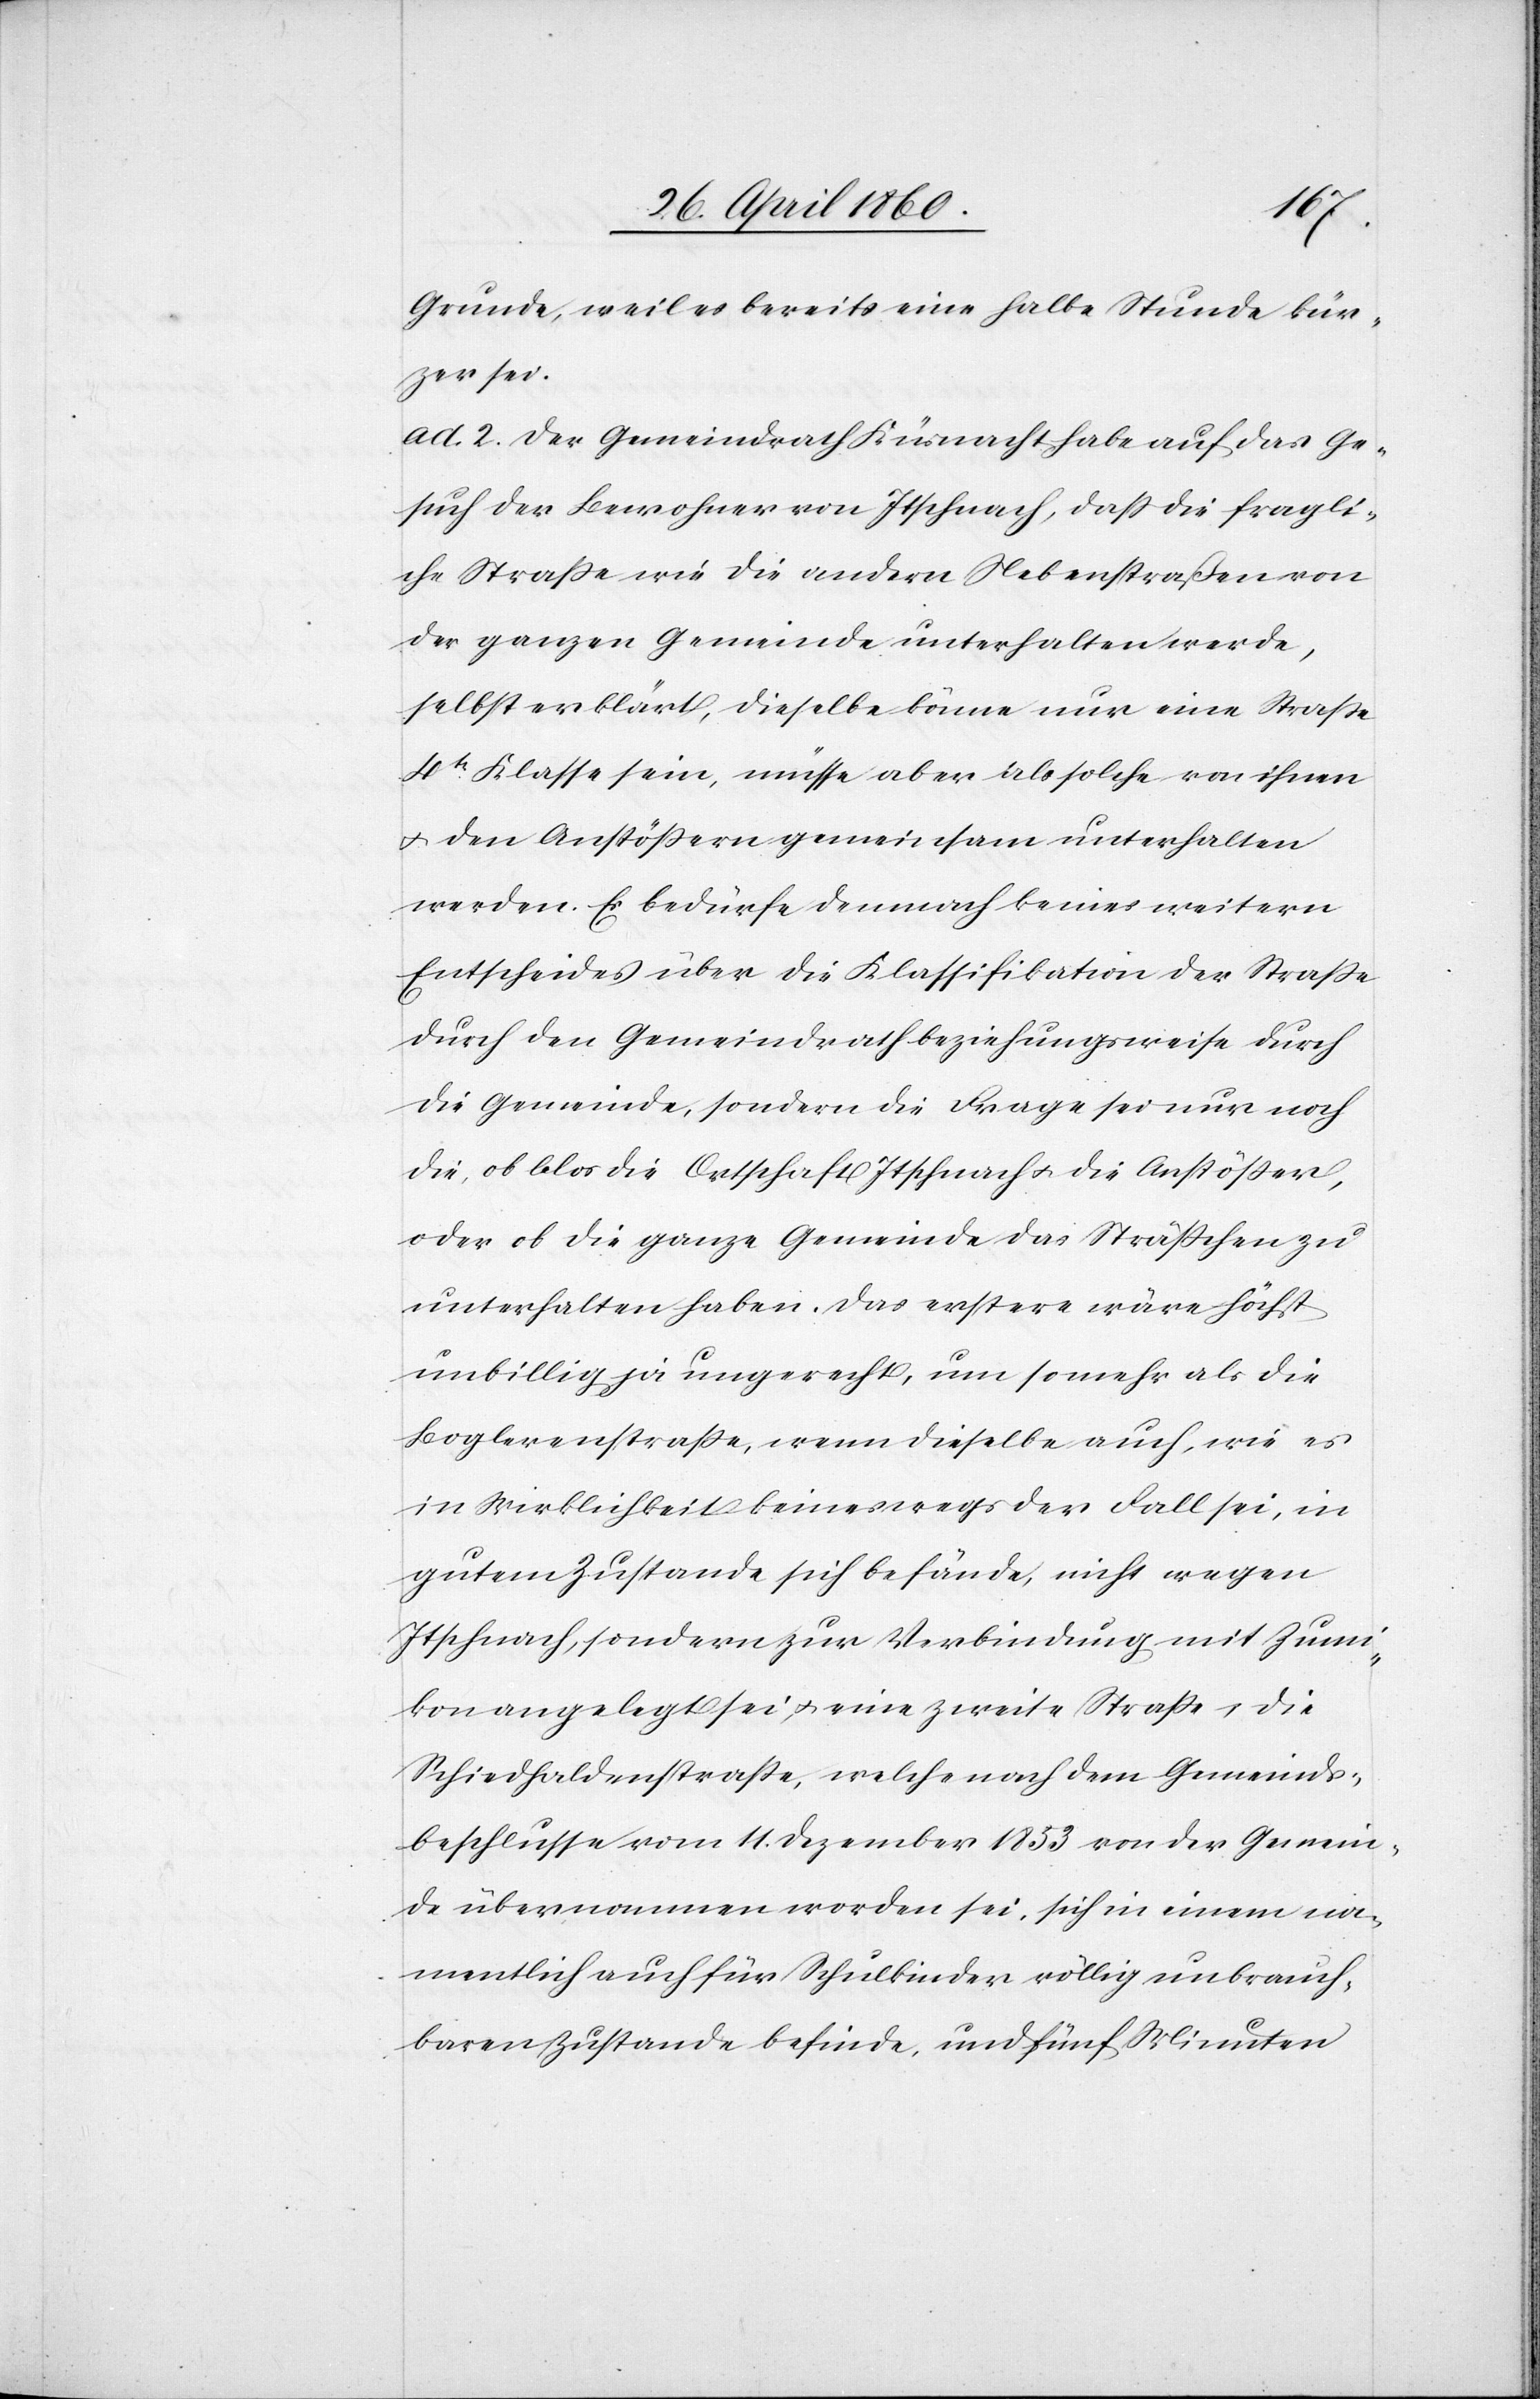
Grunde, weil es bereits eine halbe Stunde kür¬
zer sei.
ad. 2. Der Gemeindrath Küsnacht habe auf das Ge¬
such der Bewohner von Itschnach, dass die fragli¬
che Strasse wie die andern Nebenstraßen von
der ganzen Gemeinde unterhalten werde,
selbst erklärt, dieselbe könne nur eine Strasse
4tr Klasse sein, müsse aber als solche von ihnen
u. den Anstössern gemeinsam unterhalten
werden. Es bedürfe demnach keines weitern
Entscheides über die Klassifikation der Strasse
durch den Gemeindrath beziehungsweise durch
die Gemeinde, sondern die Frage sei nur noch
die, ob blos die Ortschaft Itschnach u. die Anstösser,
oder ob die ganze Gemeinde das Strässchen zu
unterhalten haben. Das erstere wäre höchst
unbillig, ja ungerecht, um so mehr als die
Boglerenstrasse, wenn dieselbe auch, wie es
in Wirklichkeit keineswegs der Fall sei, in
gutem Zustande sich befände, nicht gegen
Itschnach, sondern zur Verbindung mit Zumi¬
kon angelegt sei, u. eine zweite Strasse, die
Schiedhaldenstrasse, welche nach dem Gemeinds¬
beschlusse vom 11. Dezember 1853 von der Gemein¬
de übernommen worden sei, sich in einem na¬
mentlich auch für Schulkinder völlig unbrauch¬
baren Zustande befinde, und fünf Minuten